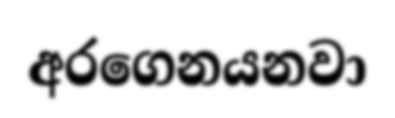
අරගෙනයනවා